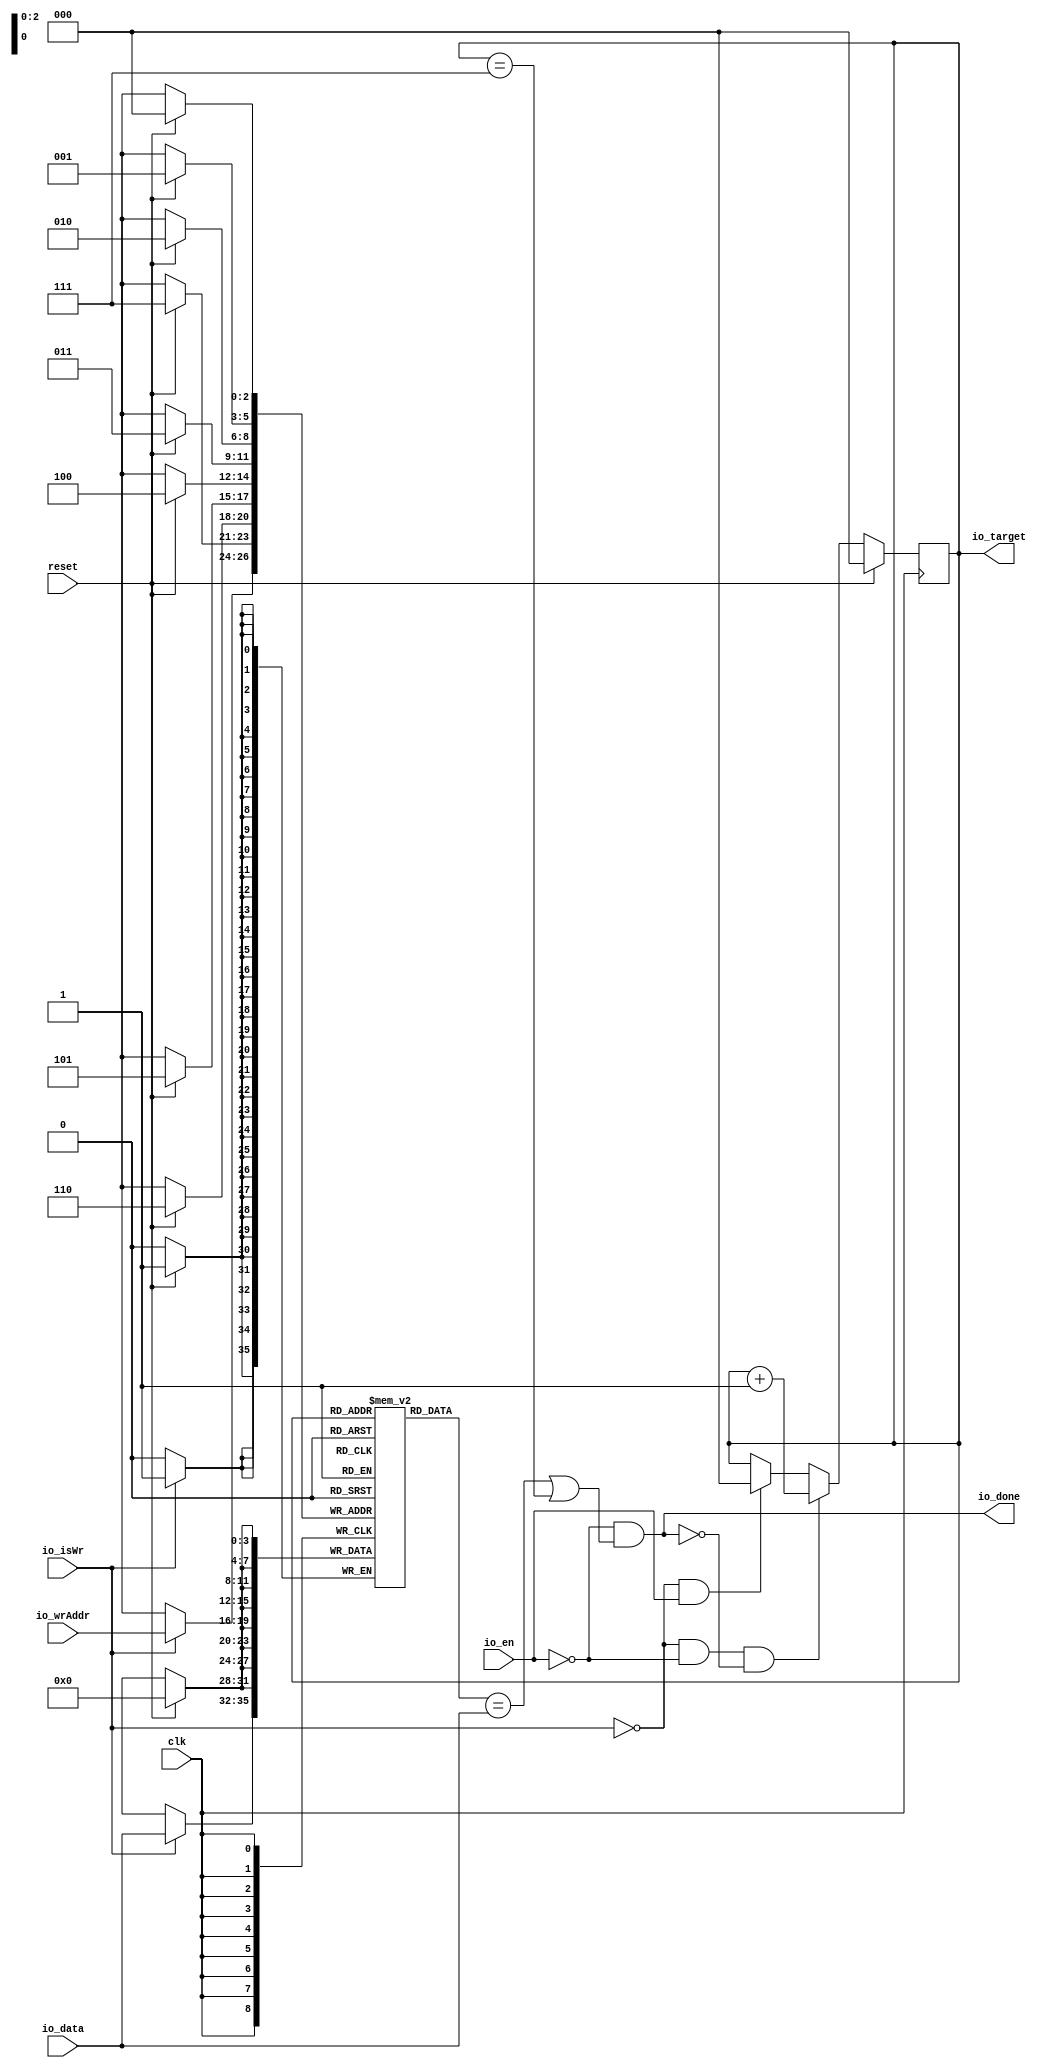
module DynamicMemorySearch(
  input        clk,
  input        reset,
  input        io_isWr,
  input  [2:0] io_wrAddr,
  input  [3:0] io_data,
  input        io_en,
  output [2:0] io_target,
  output       io_done
);
`ifdef RANDOMIZE_MEM_INIT
  reg [31:0] _RAND_0;
`endif // RANDOMIZE_MEM_INIT
`ifdef RANDOMIZE_REG_INIT
  reg [31:0] _RAND_1;
`endif // RANDOMIZE_REG_INIT
  reg [3:0] list [0:7];
  wire  list_memVal_en;
  wire [2:0] list_memVal_addr;
  wire [3:0] list_memVal_data;
  wire [3:0] list_T_16_data;
  wire [2:0] list_T_16_addr;
  wire  list_T_16_mask;
  wire  list_T_16_en;
  wire [3:0] list_T_19_data;
  wire [2:0] list_T_19_addr;
  wire  list_T_19_mask;
  wire  list_T_19_en;
  wire [3:0] list_T_22_data;
  wire [2:0] list_T_22_addr;
  wire  list_T_22_mask;
  wire  list_T_22_en;
  wire [3:0] list_T_25_data;
  wire [2:0] list_T_25_addr;
  wire  list_T_25_mask;
  wire  list_T_25_en;
  wire [3:0] list_T_28_data;
  wire [2:0] list_T_28_addr;
  wire  list_T_28_mask;
  wire  list_T_28_en;
  wire [3:0] list_T_31_data;
  wire [2:0] list_T_31_addr;
  wire  list_T_31_mask;
  wire  list_T_31_en;
  wire [3:0] list_T_34_data;
  wire [2:0] list_T_34_addr;
  wire  list_T_34_mask;
  wire  list_T_34_en;
  wire [3:0] list_T_37_data;
  wire [2:0] list_T_37_addr;
  wire  list_T_37_mask;
  wire  list_T_37_en;
  wire [3:0] list_T_39_data;
  wire [2:0] list_T_39_addr;
  wire  list_T_39_mask;
  wire  list_T_39_en;
  reg [2:0] index;
  wire  T_10 = ~io_en;
  wire  T_11 = list_memVal_data == io_data;
  wire  T_13 = index == 3'h7;
  wire  T_14 = T_11 | T_13;
  wire  over = T_10 & T_14;
  wire  T_41 = ~io_isWr;
  wire  T_42 = T_41 & io_en;
  wire  T_45 = ~over;
  wire  T_50 = T_41 & T_10;
  wire  T_51 = T_50 & T_45;
  wire [2:0] T_54 = index + 3'h1;
  assign list_memVal_en = 1'h1;
  assign list_memVal_addr = index;
  assign list_memVal_data = list[list_memVal_addr];
  assign list_T_16_data = 4'h0;
  assign list_T_16_addr = 3'h0;
  assign list_T_16_mask = 1'h1;
  assign list_T_16_en = reset;
  assign list_T_19_data = 4'h0;
  assign list_T_19_addr = 3'h1;
  assign list_T_19_mask = 1'h1;
  assign list_T_19_en = reset;
  assign list_T_22_data = 4'h0;
  assign list_T_22_addr = 3'h2;
  assign list_T_22_mask = 1'h1;
  assign list_T_22_en = reset;
  assign list_T_25_data = 4'h0;
  assign list_T_25_addr = 3'h3;
  assign list_T_25_mask = 1'h1;
  assign list_T_25_en = reset;
  assign list_T_28_data = 4'h0;
  assign list_T_28_addr = 3'h4;
  assign list_T_28_mask = 1'h1;
  assign list_T_28_en = reset;
  assign list_T_31_data = 4'h0;
  assign list_T_31_addr = 3'h5;
  assign list_T_31_mask = 1'h1;
  assign list_T_31_en = reset;
  assign list_T_34_data = 4'h0;
  assign list_T_34_addr = 3'h6;
  assign list_T_34_mask = 1'h1;
  assign list_T_34_en = reset;
  assign list_T_37_data = 4'h0;
  assign list_T_37_addr = 3'h7;
  assign list_T_37_mask = 1'h1;
  assign list_T_37_en = reset;
  assign list_T_39_data = io_data;
  assign list_T_39_addr = io_wrAddr;
  assign list_T_39_mask = 1'h1;
  assign list_T_39_en = io_isWr;
  assign io_target = index;
  assign io_done = T_10 & T_14;
  always @(posedge clk) begin
    if (list_T_16_en & list_T_16_mask) begin
      list[list_T_16_addr] <= list_T_16_data;
    end
    if (list_T_19_en & list_T_19_mask) begin
      list[list_T_19_addr] <= list_T_19_data;
    end
    if (list_T_22_en & list_T_22_mask) begin
      list[list_T_22_addr] <= list_T_22_data;
    end
    if (list_T_25_en & list_T_25_mask) begin
      list[list_T_25_addr] <= list_T_25_data;
    end
    if (list_T_28_en & list_T_28_mask) begin
      list[list_T_28_addr] <= list_T_28_data;
    end
    if (list_T_31_en & list_T_31_mask) begin
      list[list_T_31_addr] <= list_T_31_data;
    end
    if (list_T_34_en & list_T_34_mask) begin
      list[list_T_34_addr] <= list_T_34_data;
    end
    if (list_T_37_en & list_T_37_mask) begin
      list[list_T_37_addr] <= list_T_37_data;
    end
    if (list_T_39_en & list_T_39_mask) begin
      list[list_T_39_addr] <= list_T_39_data;
    end
    if (reset) begin
      index <= 3'h0;
    end else if (T_51) begin
      index <= T_54;
    end else if (T_42) begin
      index <= 3'h0;
    end
  end
// Register and memory initialization
`ifdef RANDOMIZE_GARBAGE_ASSIGN
`define RANDOMIZE
`endif
`ifdef RANDOMIZE_INVALID_ASSIGN
`define RANDOMIZE
`endif
`ifdef RANDOMIZE_REG_INIT
`define RANDOMIZE
`endif
`ifdef RANDOMIZE_MEM_INIT
`define RANDOMIZE
`endif
`ifndef RANDOM
`define RANDOM $random
`endif
`ifdef RANDOMIZE_MEM_INIT
  integer initvar;
`endif
`ifndef SYNTHESIS
`ifdef FIRRTL_BEFORE_INITIAL
`FIRRTL_BEFORE_INITIAL
`endif
initial begin
  `ifdef RANDOMIZE
    `ifdef INIT_RANDOM
      `INIT_RANDOM
    `endif
    `ifndef VERILATOR
      `ifdef RANDOMIZE_DELAY
        #`RANDOMIZE_DELAY begin end
      `else
        #0.002 begin end
      `endif
    `endif
`ifdef RANDOMIZE_MEM_INIT
  _RAND_0 = {1{`RANDOM}};
  for (initvar = 0; initvar < 8; initvar = initvar+1)
    list[initvar] = _RAND_0[3:0];
`endif // RANDOMIZE_MEM_INIT
`ifdef RANDOMIZE_REG_INIT
  _RAND_1 = {1{`RANDOM}};
  index = _RAND_1[2:0];
`endif // RANDOMIZE_REG_INIT
  `endif // RANDOMIZE
end // initial
`ifdef FIRRTL_AFTER_INITIAL
`FIRRTL_AFTER_INITIAL
`endif
`endif // SYNTHESIS
endmodule